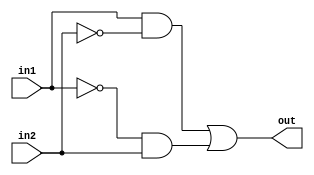
`timescale 1ns / 1ps
//////////////////////////////////////////////////////////////////////////////////
// Company: 
// Engineer: 
// 
// Design Name: 
// Module Name: xor2
// Project Name: 
// Target Devices: 
// Tool Versions: 
// Description: 
// 
// Dependencies: 
// 
// Revision:
// Revision 0.01 - File Created
// Additional Comments:
// 
//////////////////////////////////////////////////////////////////////////////////


module xor2(
    input in1,
    input in2,
    output out
    );
    
   assign out = (in1&(~in2)) | ((~in1)&in2);
        
endmodule